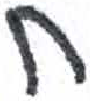
אות: ח